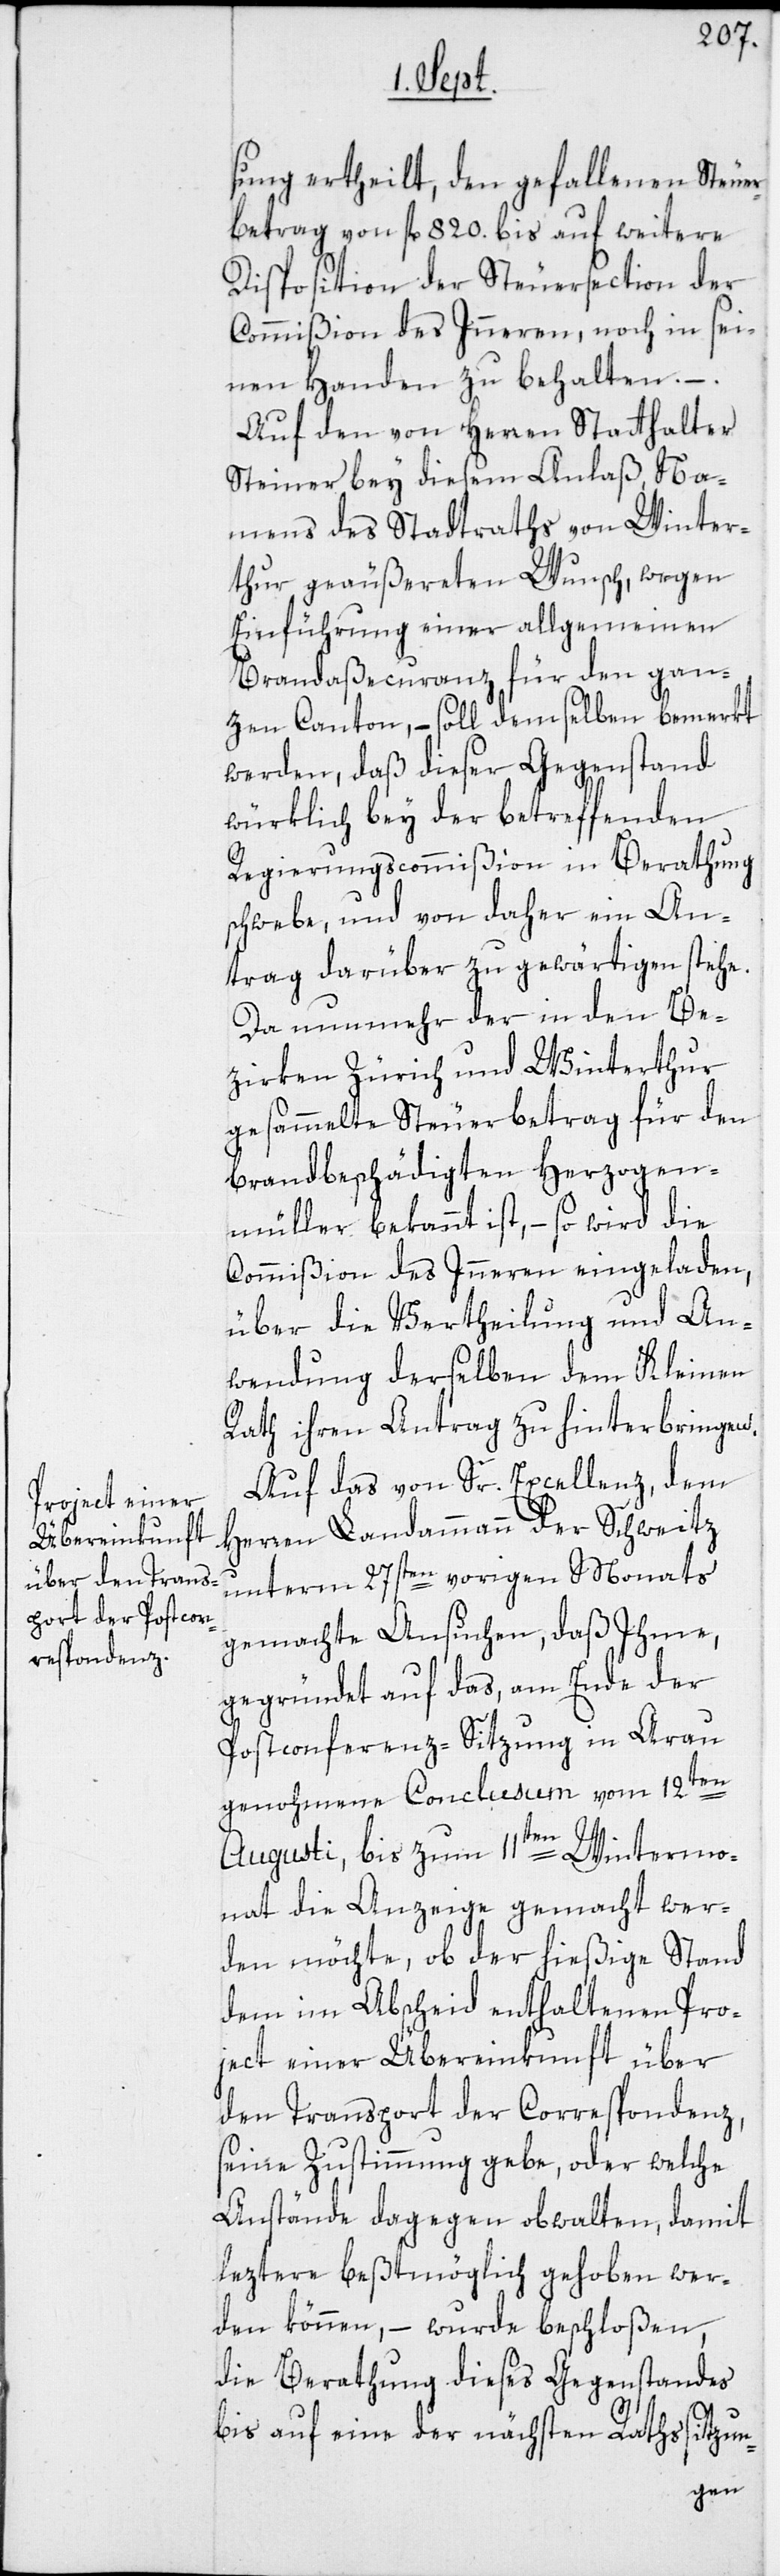
sung ertheilt, den gefallenen Steuer¬
betrag von fl. 820. bis auf weitere
Disposition der Steuersection der
Commißion des Inneren, noch in sei¬
nen Handen zu behalten. –.
Auf den von Herren Statthalter
Steiner bey diesem Anlaß, Na¬
mens des Stadtraths von Winter¬
thur geäußerten Wunsch, wegen
Einführung einer allgemeinen
Brandaßecuranz für den gan¬
zen Canton, – soll demselben bemerkt
werden, daß dieser Gegenstand
würklich bey der betreffenden
Regierungscommißion in Berathung
schwebe, und von daher ein An¬
trag darüber zu gewärtigen stehe.
Da nunmehr der in den Be¬
zirken Zürich und Winterthur
gesammelte Steuerbetrag für den
brandbeschädigten Herzogen¬
müller bekannt ist, – so wird die
Commißion des Inneren eingeladen,
über die Vertheilung und An¬
wendung derselben dem Kleinen
Rath ihren Antrag zu hinterbringen.
Auf das von Sr. Excellenz, dem
Herren Landammann der Schweitz
unterm 27sten vorigen Monats
gemachte Ansuchen, daß Ihme,
gegründet auf das, am Ende der
Postconferenz-Sitzung in Arau
genohmene Conclusum vom 12ten
Augusti, bis zum 11ten Wintermo¬
nat die Anzeige gemacht wer¬
den möchte, ob der hießige Stand
dem im Abscheid enthaltenen Pro¬
ject einer Übereinkunft über
den Transport der Correspondenz,
seine Zustimmung gebe, oder welche
Anstände dagegen obwalten, damit
leztere beßtmöglich gehoben wer¬
den können, – wurde beschloßen,
die Berathung dieses Gegenstandes
bis auf eine der nächsten Rathssitzun-